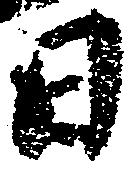
日